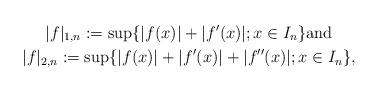
LaTeX: \begin{gather*} |f|_{1,n} := \sup\{|f(x)| + |f'(x)|;x \in I_n\} \mbox{and}\\ |f|_{2,n} := \sup\{|f(x)| + |f'(x)| + |f''(x)|;x \in I_n\}, \end{gather*}